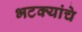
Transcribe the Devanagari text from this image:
भटक्यांचे